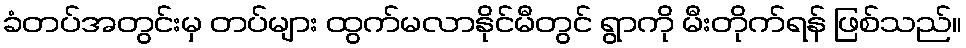
ခံတပ်အတွင်းမှ တပ်များ ထွက်မလာနိုင်မီတွင် ရွာကို မီးတိုက်ရန် ဖြစ်သည်။